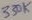
Text: 330K